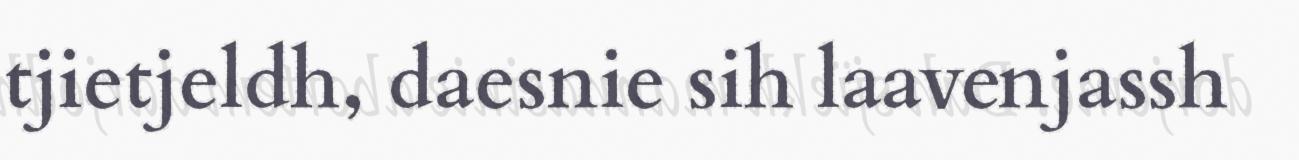
tjietjeldh, daesnie sih laavenjassh